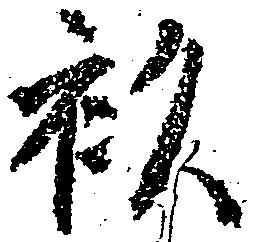
衫